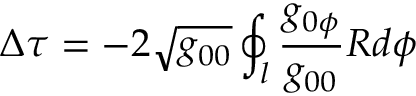
\Delta \tau = - 2 \sqrt { g _ { 0 0 } } \oint _ { l } { \frac { g _ { 0 \phi } } { g _ { 0 0 } } R d \phi }